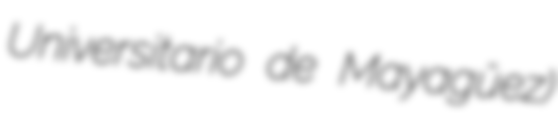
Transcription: Universitario de Mayagüez)